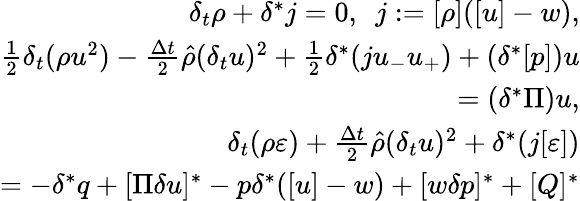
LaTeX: \begin{array}{r}{\delta_{t}\rho+\delta^{*}j=0,\ \ j:=[\rho]([u]-w),}\\ {\frac 12\delta_{t}(\rho u^{2})-\frac{\Delta t}{2}\hat{\rho}(\delta_{t}u)^{2}+\frac 12\delta^{*}(ju_{-}u_{+})+(\delta^{*}[p])u}\\ {=(\delta^{*}\Pi)u,}\\ {\delta_{t}(\rho\varepsilon)+\frac{\Delta t}{2}\hat{\rho}(\delta_{t}u)^{2}+\delta^{*}(j[\varepsilon])}\\ {=-\delta^{*}q+[\Pi\delta u]^{*}-p\delta^{*}([u]-w)+[w\delta p]^{*}+[Q]^{*}}\end{array}